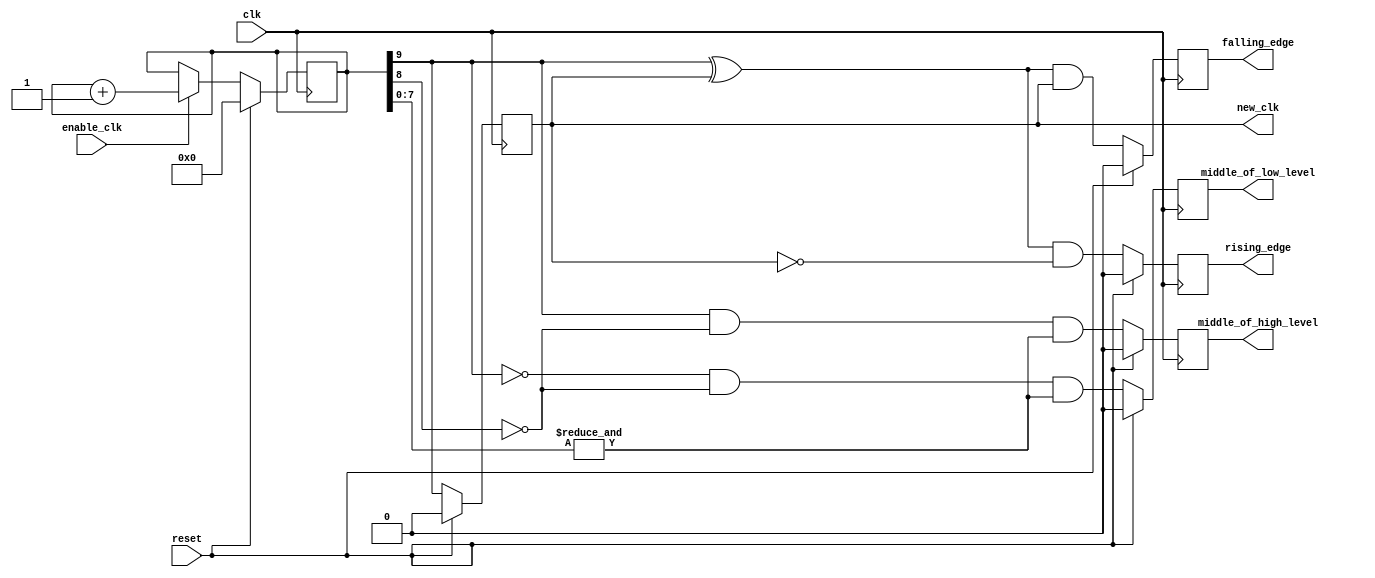
module altera_up_slow_clock_generator (
	clk,
	reset,
	enable_clk,
	new_clk,
	rising_edge,
	falling_edge,
	middle_of_high_level,
	middle_of_low_level
);
parameter CB				= 10;			
input						clk;
input						reset;
input						enable_clk;
output reg				new_clk;
output reg				rising_edge;
output reg				falling_edge;
output reg				middle_of_high_level;
output reg				middle_of_low_level;
reg			[CB:1]	clk_counter;
always @(posedge clk)
begin
	if (reset)
		clk_counter	<= 'h0;
	else if (enable_clk)
		clk_counter	<= clk_counter + 1;
end
always @(posedge clk)
begin
	if (reset)
		new_clk	<= 1'b0;
	else
		new_clk	<= clk_counter[CB];
end
always @(posedge clk)
begin
	if (reset)
		rising_edge	<= 1'b0;
	else
		rising_edge	<= (clk_counter[CB] ^ new_clk) & ~new_clk;
end
always @(posedge clk)
begin
	if (reset)
		falling_edge <= 1'b0;
	else
		falling_edge <= (clk_counter[CB] ^ new_clk) & new_clk;
end
always @(posedge clk)
begin
	if (reset)
		middle_of_high_level <= 1'b0;
	else
		middle_of_high_level <= 
			clk_counter[CB] & 
			~clk_counter[(CB - 1)] &
			(&(clk_counter[(CB - 2):1]));
end
always @(posedge clk)
begin
	if (reset)
		middle_of_low_level <= 1'b0;
	else
		middle_of_low_level <= 
			~clk_counter[CB] & 
			~clk_counter[(CB - 1)] &
			(&(clk_counter[(CB - 2):1]));
end
endmodule